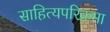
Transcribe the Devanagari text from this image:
साहित्यपरिक्रमा